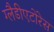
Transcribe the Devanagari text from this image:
ग्लैडीएटोरेस